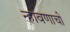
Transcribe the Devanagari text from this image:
न्हावणाची